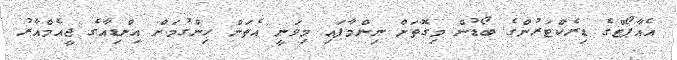
އެއާޕޯޓްގެ ޑިރެކްޓަރުންގެ ބޯޑުން މިގޮތަށް ނިންމާފައި މިވަނީ އެތަން ހިންގުމަށް އިންޑިއާގެ ޖީއެމްއާރު